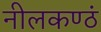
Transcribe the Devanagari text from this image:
नीलकण्ठं